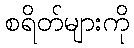
စရိတ်များကို